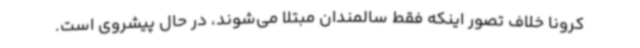
کرونا خلاف تصور اینکه فقط سالمندان مبتلا می‌شوند، در حال پیشروی است.